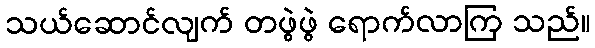
သယ်ဆောင်လျက် တဖွဲဖွဲ ရောက်လာကြ သည်။